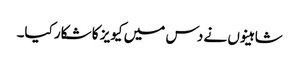
شاہینوں نے دس میں کیویز کا شکار کیا۔